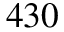
4 3 0